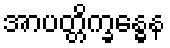
အာပတ္တိက္ခန္ဓေန